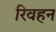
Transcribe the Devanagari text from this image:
रिवहन